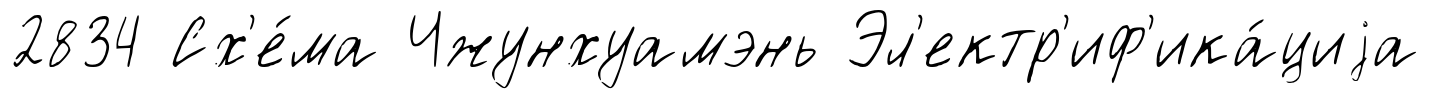
2834 Сх'е́ма Чжунхуамэнь Эл'ектр'иф'ика́циjа